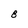
Character: 8